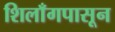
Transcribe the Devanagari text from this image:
शिलाँगपासून